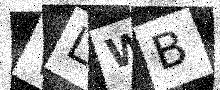
Text: VLWB